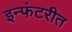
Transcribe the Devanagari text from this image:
इन्फंटरीत